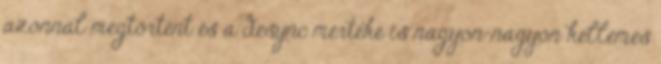
azonnal megtörtént és a desync mértéke is nagyon-nagyon kellemes